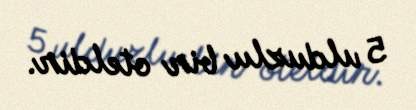
5 ulduzlu bir oteldir.